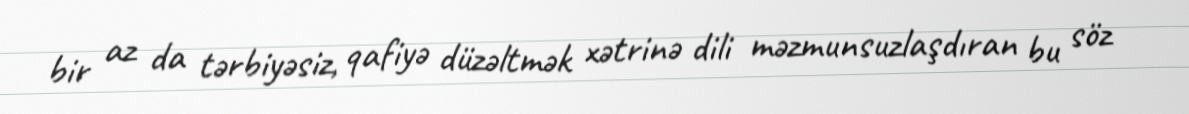
bir az da tərbiyəsiz, qafiyə düzəltmək xətrinə dili məzmunsuzlaşdıran bu söz